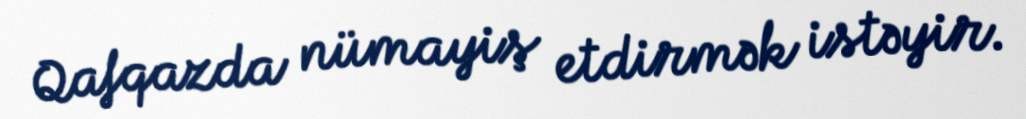
Qafqazda nümayiş etdirmək istəyir.